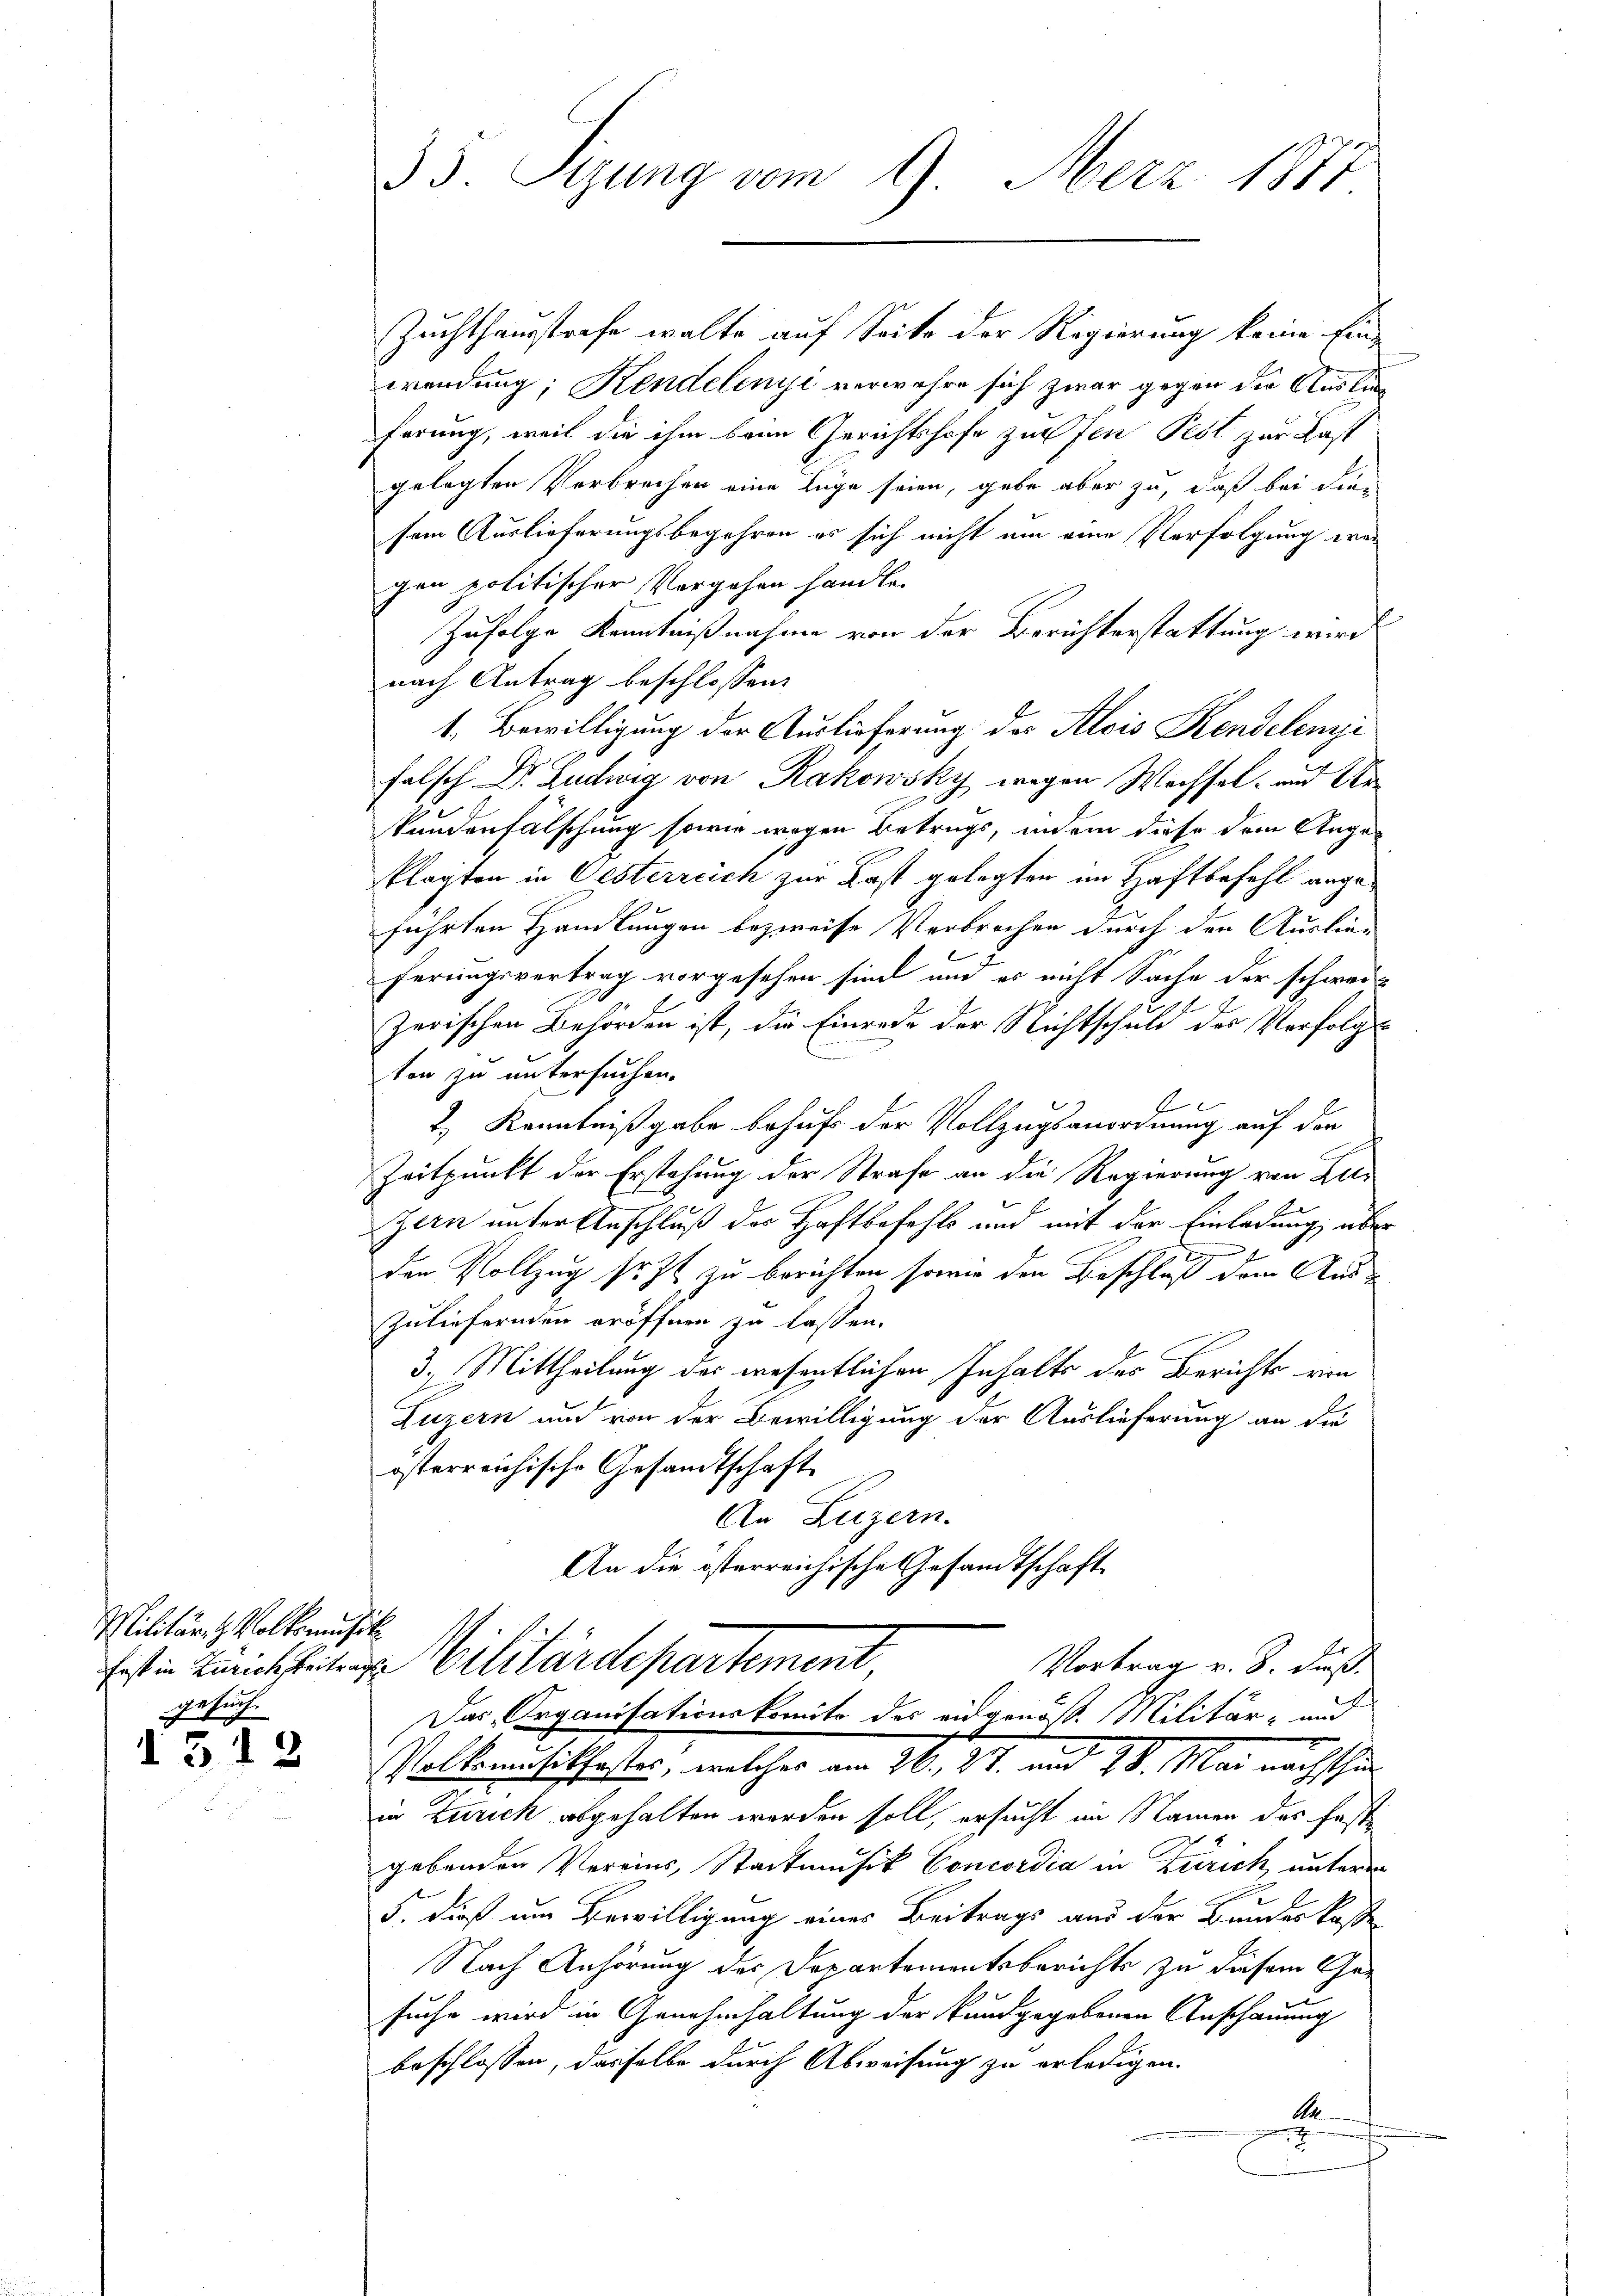
Militär- & Volksmusik
 Wuche

d. 312

Zuchthausstrafe walte auf Seite der Regierung keine Einwendung; Kindelenyi verwahre sich zwar gegen die Auslieferung, weil die ihm beim Gerichtshofe zusen Pest zur Last
gelegten Verbrechen eine Lage seien, gebe aber zu, daß bei die
sem Auslieferungsbegehren es sich nicht um eine Verfolgung era-
gen politischer Vergehen handle.
Zufolge Kenntnißnahme von der Berichterstattung wird
nach Antrag beschlossen:
1. Bewilligung der Auslieferung der Alois Rendelenzi
falsch Dr. Ludwig von Rakowsky wegen Wechsel- und Str
kundenfälschung sowie wegen Betrugs, indem diese dem Ange-
klagten in Oesterreich zur Last gelegten im Haftbefehl angeführten Handlungen bezweife Verbrechen durch den Auslieferungsvertrag vorgesehen sind und es nicht Sache der schwarz
zerischen Behörden ist, die Einrede der Nichtschuld des Verfolgton zu untersuchen.
f
2.) Kenntnißgabe behufs der Vollzugsanordnung auf der
Zeitpunkt der Erstehung der Strafe an die Regierung von Zelzern unter Anschluß des Haftbefehls und mit der Einladung über
den Vollzug sr. Zt. zu berichten sowie den Beschluß dem Aus-
Zuliefernden eröffnen zu lassen.
3. Mittheilung des wesentlichen Inhalte des Berichts ein
Luzern und von der Bewilligung der Auslieferung an die
österreichische Gesandtschaft
An Luzern.
An die österreichische Gesandtschaft
Vortrag v. 8. Fuß.
Erst in Lunkheiten Militärdepartement
Das Organisationskomite des eidgenöß. Militär- und
b
Volkennsithaftes, welches am 26., 27. und 18. Mai nachschun
in Zürich abgehalten worden soll, ersucht im Namen des Faste
gebenden Vereins, Stadtmusik Concordia in Zürich, untere
5. dieß um Bewilligung eines Beitrags und der Bundeskasse
Nach Anhörung des Departementsberichts zu diesem Gesuche wird in Genehmhaltung der kundgegebenen Anschauung
beschlossen, dasselbe durch Abweisung zu erledigen.
Ae

33. Sizung vom 9. Merz 1877.